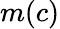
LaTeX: m(c)